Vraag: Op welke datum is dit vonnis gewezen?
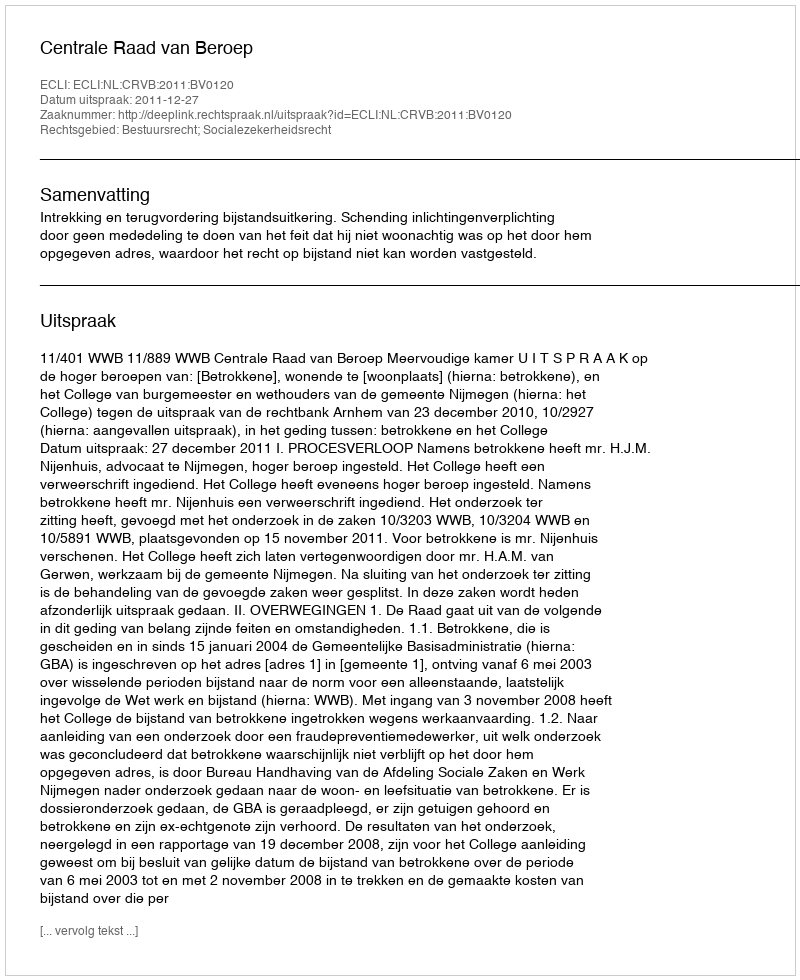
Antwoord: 2011-12-27